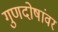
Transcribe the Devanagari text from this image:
गुणदोषांवर